Tezpur Lunatic Asylum reports 1895-1904 - 1895-1904
Year: 1895
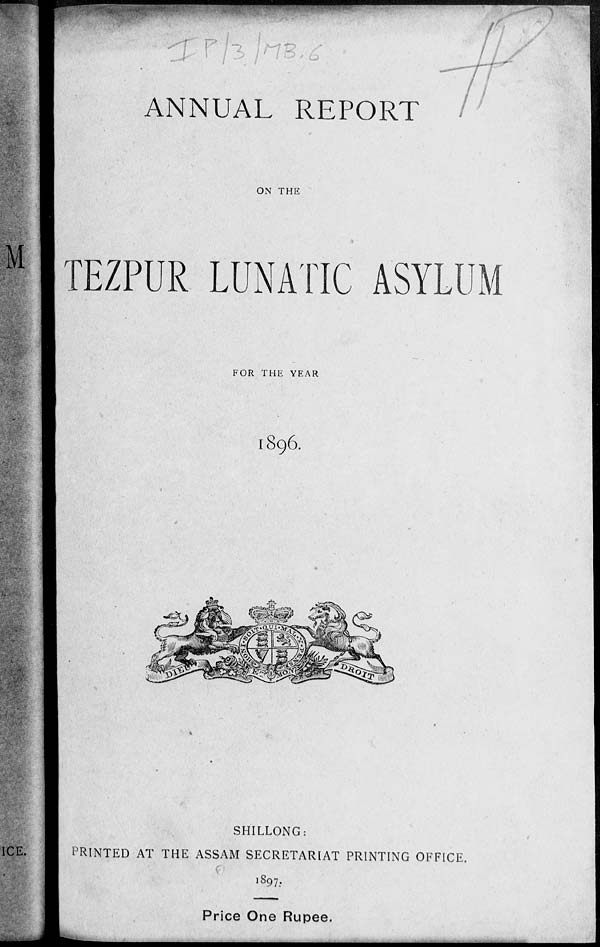
ANNUAL REPORT
ON THE
TEZPUR LUNATIC ASYLUM
FOR THE YEAR
I896.
SHILLONG:
PRINTED AT THE ASSAM SECRETARIAT PRINTING OFFICE.
<
1897.
Price One Rupee.